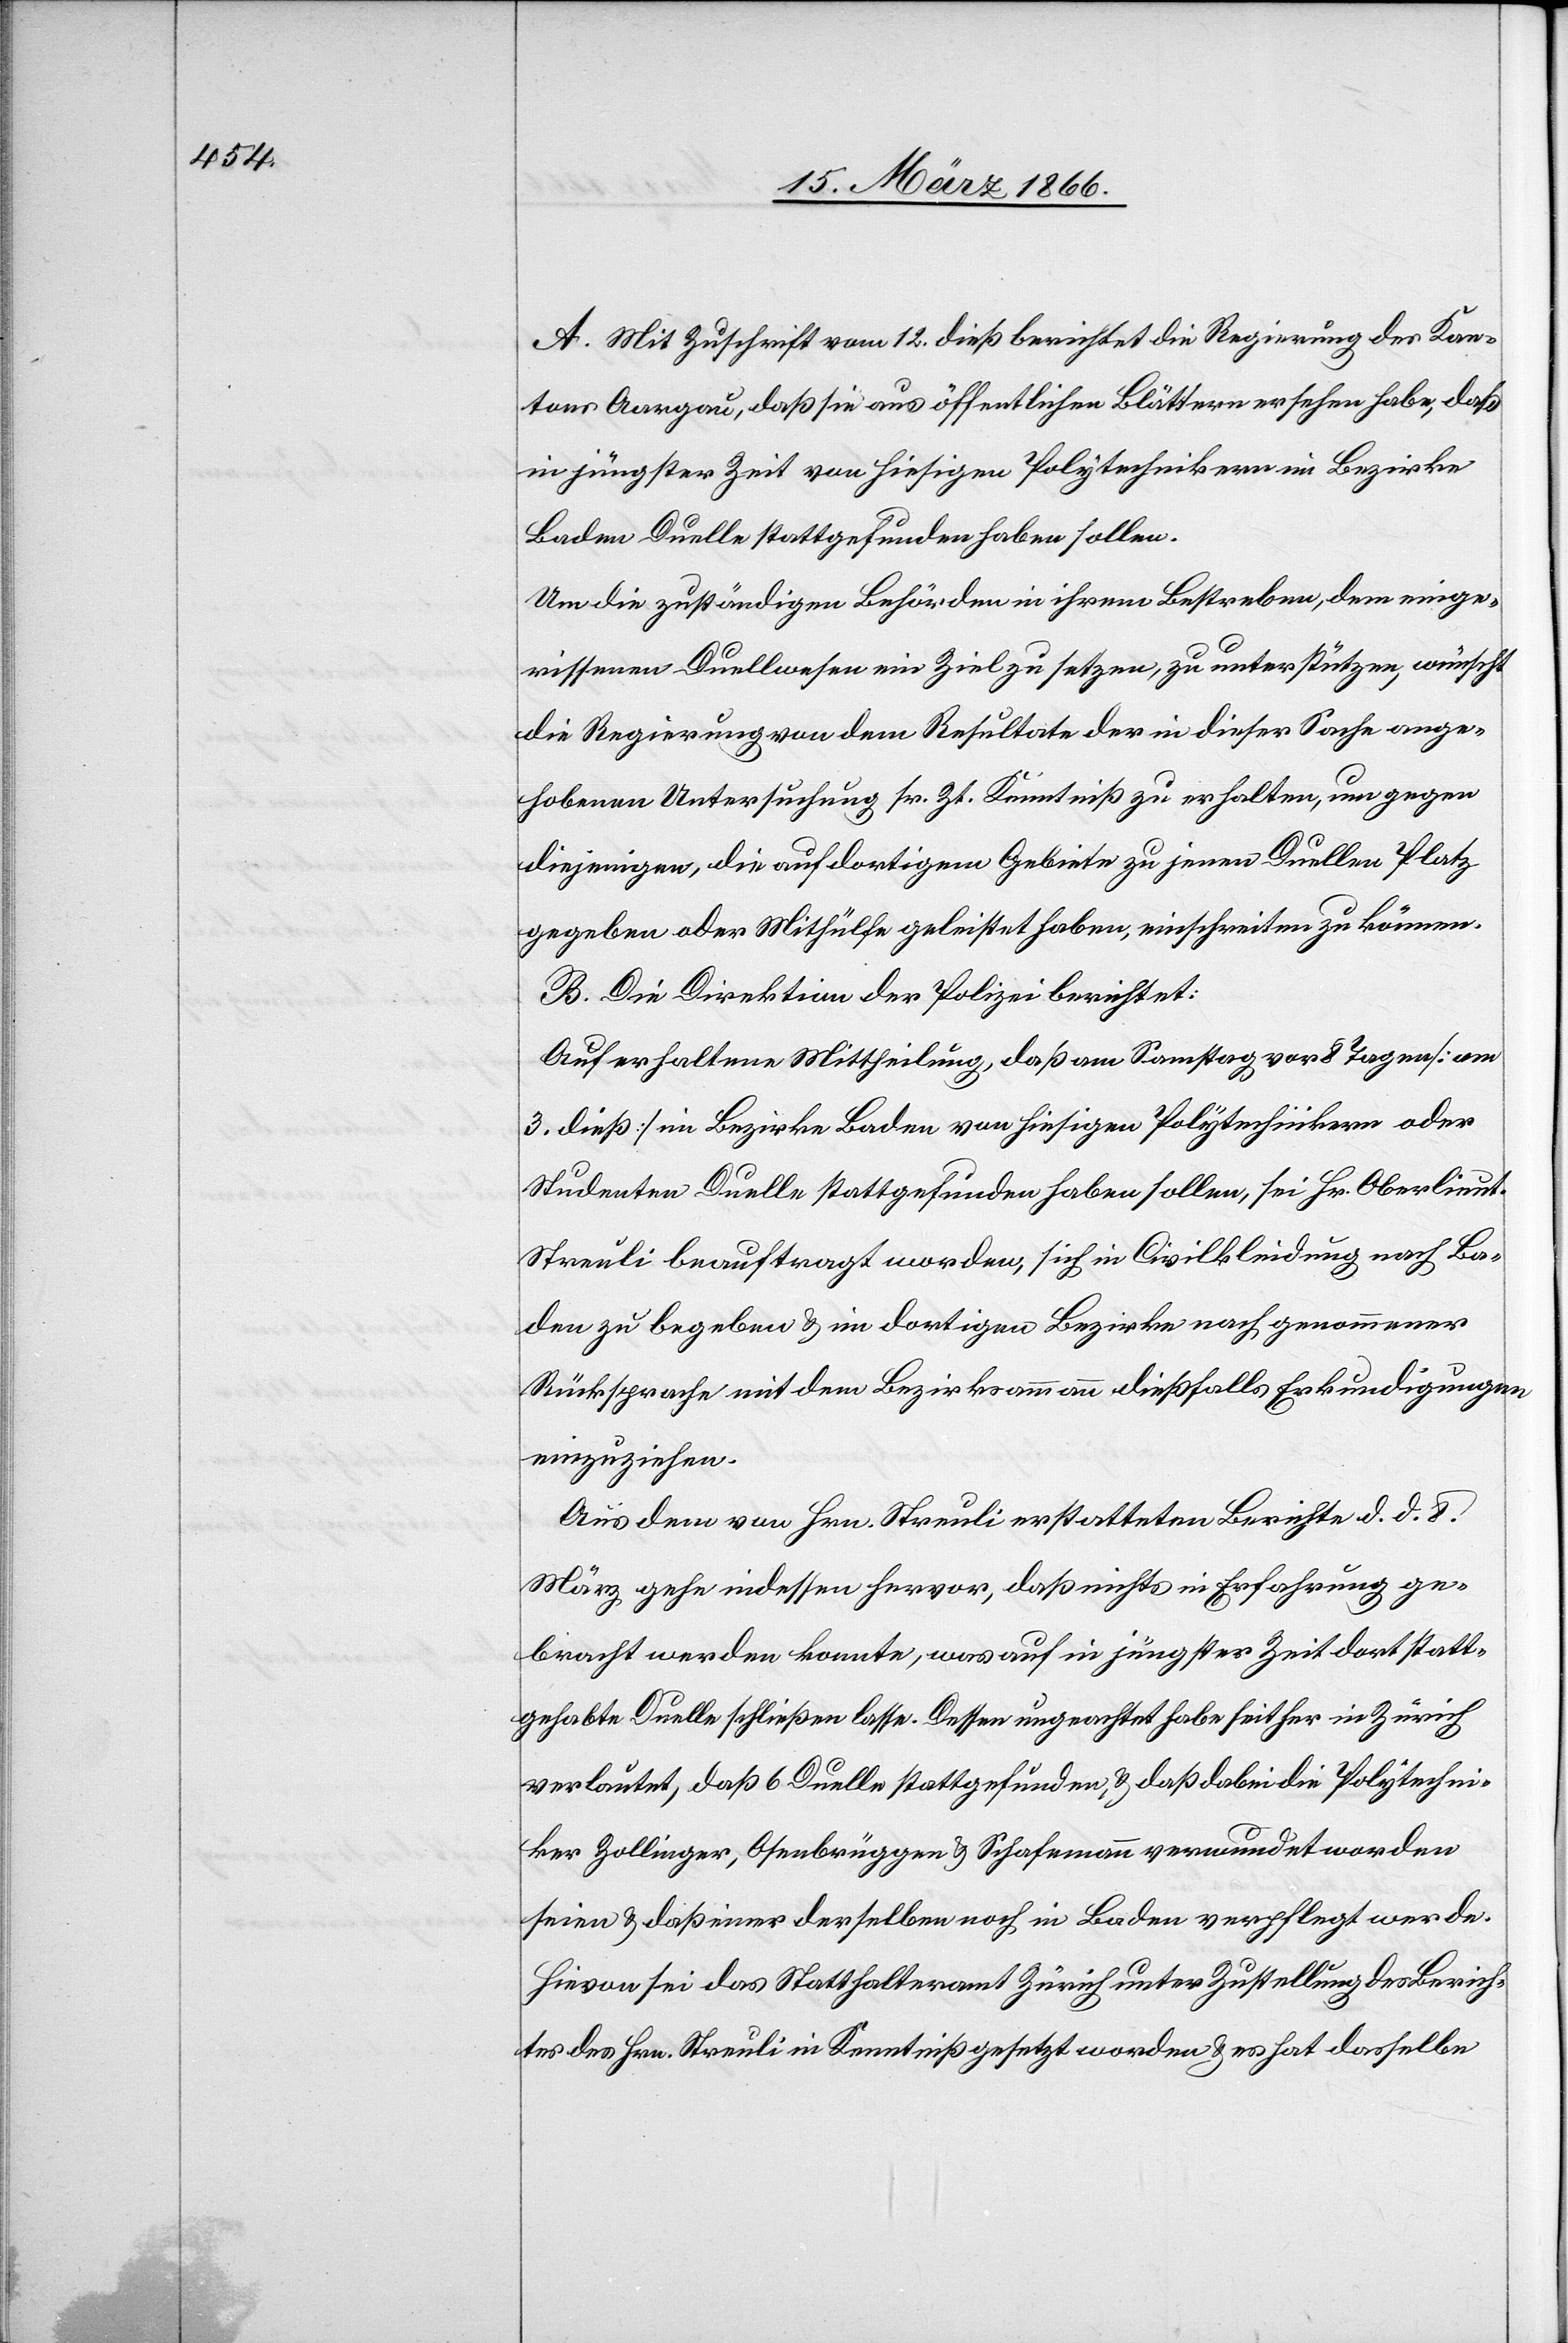
A. Mit Zuschrift vom 12. dieß berichtet die Regierung des Kan¬
tons Aargau, daß sie aus öffentlichen Blättern erfahren habe, daß
in jüngster Zeit von hiesigen Polytechnikern im Bezirke
Baden Duelle stattgefunden haben sollen.
Um die zuständigen Behörden in ihrem Bestreben, dem einge¬
rissenen Duellwesen ein Ziel zu setzen, zu unterstützen, wünscht
die Regierung von dem Resultate der in dieser Sache ange¬
hobenen Untersuchung sr. Zt. Kenntniß zu erhalten, um gegen
diejenigen, die auf dortigem Gebiet zu jenen Duellen Platz
gegeben oder Mithülfe geleistet haben, einschreiten zu können.
B. Die Direktion der Polizei berichtet:
Auf erhaltene Mittheilung, daß am Samstag vor 8 Tagen [am
3. dieß] im Bezirk Baden von hiesigen Polytechnikern oder
Studenten Duelle stattgefunden haben sollen, sei Hr. Oberlieut.
Streuli beauftragt worden, sich in Civilkleidung nach Ba¬
den zu begeben u. im dortigen Bezirke nach genommener
Rücksprache mit dem Bezirksammann dießfalls Erkundigungen
einzuziehen.
Aus dem von Hrn. Streuli erstatteten Berichte d. d. 8.
März gehe indessen hervor, daß nichts in Erfahrung ge¬
bracht werden konnte, was auf in jüngster Zeit dort statt¬
gehabte Duelle schließen lasse. Dessen ungeachtet habe seither in Zürich
verlautet, daß 6 Duelle stattgefunden, u. daß dabei die Polytechni¬
ker Zollinger, Osenbrüggen u. Schafemann verwundet worden
seien u. daß einer derselben noch in Baden verpflegt werde.
Hievon sei das Statthalteramt Zürich unter Zustellung des Berich¬
tes des Hrn. Streuli in Kenntniß gesetzt worden u. es hat dasselbe